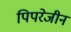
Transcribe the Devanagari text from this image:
पिपरेजीन